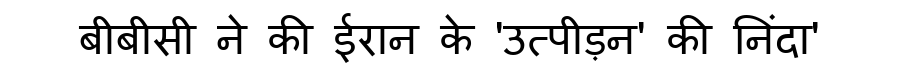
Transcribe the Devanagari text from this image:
बीबीसी ने की ईरान के 'उत्पीड़न' की निंदा'